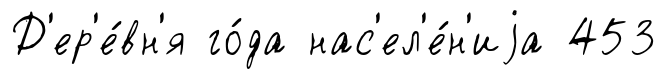
Д'ер'е́вн'я го́да нас'ел'е́н'иjа 453